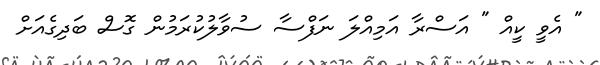
" އެވީ ކީއް " އަސްރާ އަމިއްލަ ނަފްސާ ސުވާލުކުރަމުން ގޮސް ބަދިގެއަށް